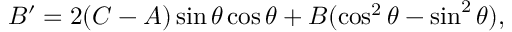
B ^ { \prime } = 2 ( C - A ) \sin \theta \cos \theta + B ( \cos ^ { 2 } \theta - \sin ^ { 2 } \theta ) ,